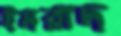
ইমরাদ